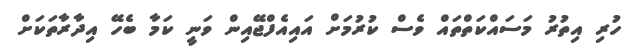
ހުރި އިތުރު މަސައްކަތްތައް ވެސް ކުރުމަށް އައިއެފްޖޭއިން ވަނީ ކަމާ ބެހޭ އިދާރާތަކަށް